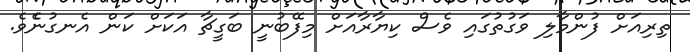
ތިރިއަށް ފުންމާލި ވަގުތުގައި ވެސް ކިޔާރާއަށް މިފޭބުނީ ބަގީޗާ އަކަށް ކަން އެނގުނެެެވެ.